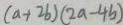
( a + 2 b ) ( 2 a - 4 b )